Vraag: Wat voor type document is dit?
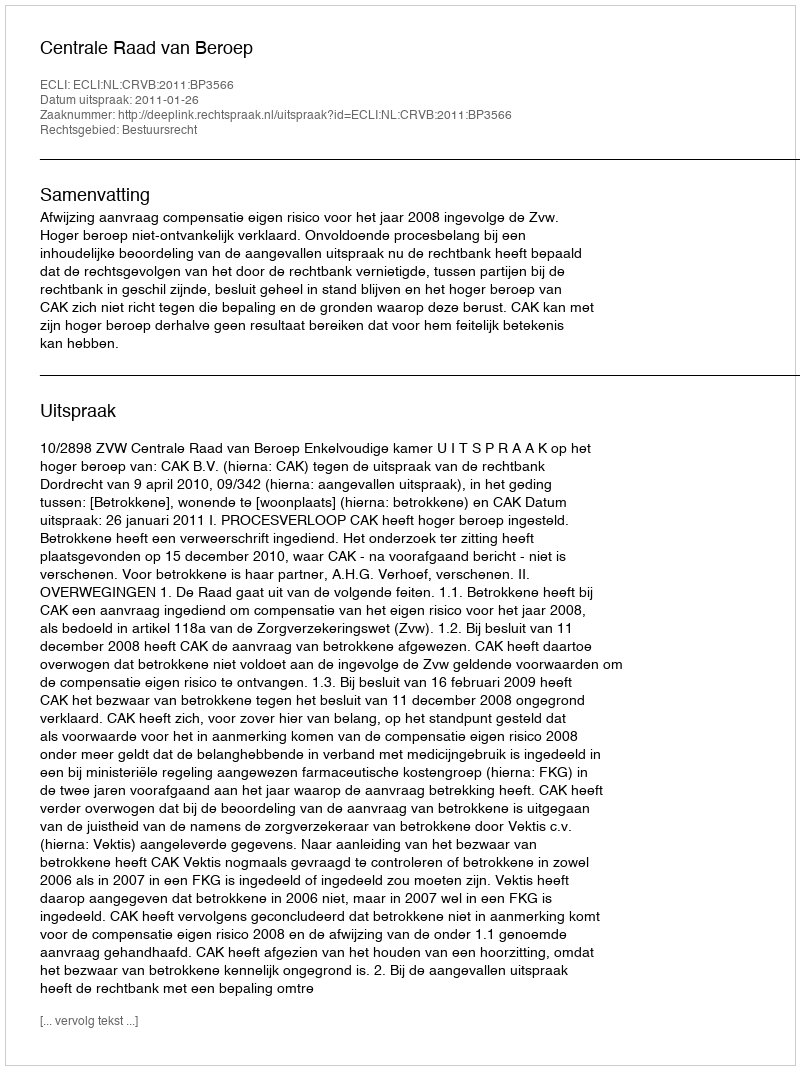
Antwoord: Uitspraak